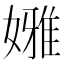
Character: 𡡳